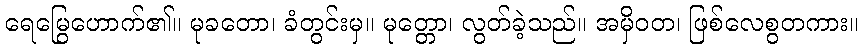
ရေမြွေဟောက်၏။ မုခတော၊ ခံတွင်းမှ။ မုတ္တော၊ လွတ်ခဲ့သည်။ အမှိဝတ၊ ဖြစ်လေစွတကား။